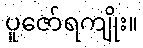
ပူဇော်ရကျိုး။